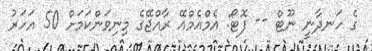
ގެ ހަނދާނީ ނޫޓް -- ފޮޓޯ: އެމްއެމްއޭ ރާއްޖޭގެ މިނިވަންކަމަށް 50 އަހަރު